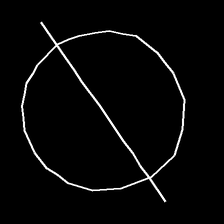
Glyph: orb